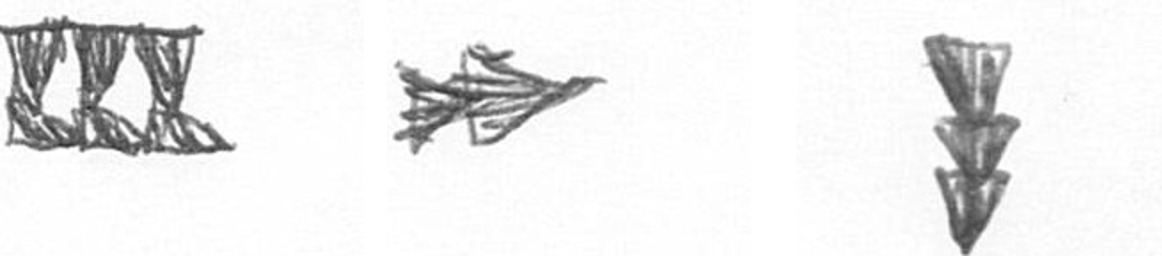
D A E